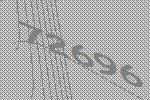
72696